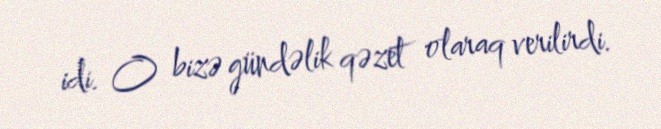
idi. O bizə gündəlik qəzet olaraq verilirdi.